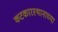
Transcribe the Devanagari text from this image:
कटकारस्थानाच्या